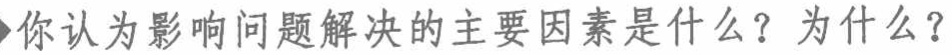
你认为影响问题解决的主要因素是什么？为什么？